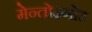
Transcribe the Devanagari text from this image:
मेन्तोउगोउ